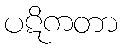
ပဋိကတာ